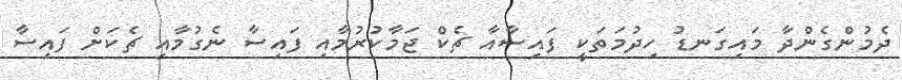
ދެމުންގެންދާ މައިގަނޑު ހިދުމަތަކީ ފައިސާއާ ޗެކް ޖަމާކުރުމާއި ފައިސާ ނެގުމާއި ޗެކަށް ފައިސާ